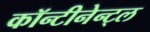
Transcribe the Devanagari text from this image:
कॉन्टीनेन्ट्ल